Indian journal of veterinary science and animal husbandry - Volume 12,
Year: 1942
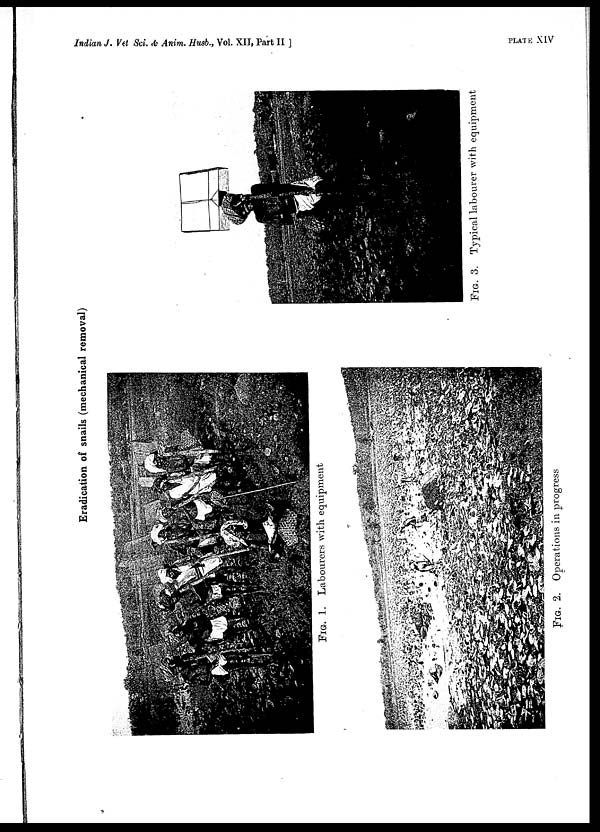
Indian J. Vet Sci. & Anim. Husb., Vol. XII, Part II ]
PLATE
XIV
Eradication of snails (mechanical removal)
FIG. 1. Labourers with equipment
FIG. 2. Operations in progress
FIG. 3. Typical labourer with equipment